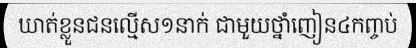
ឃាត់ខ្លួនជនល្មើស១នាក់ ជាមួយថ្នាំញៀន៤កញ្ចប់